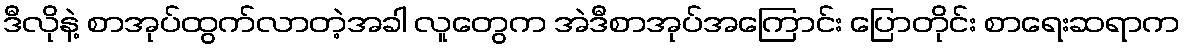
ဒီလိုနဲ့ စာအုပ်ထွက်လာတဲ့အခါ လူတွေက အဲဒီစာအုပ်အကြောင်း ပြောတိုင်း စာရေးဆရာက